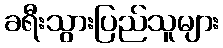
ခရီးသွားပြည်သူများ